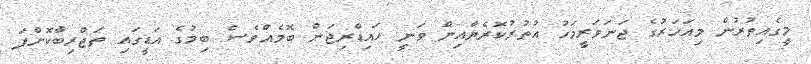
މީގެއިތުރުން މިއަހަރުގެ ޖަނަވަރީމަހު އުތުރުކޮރެޔާއިން ވަނީ ހައިޑްރިޖަން ބޮމެއްވެސް ބިމުގެ އަޑީގައި ތަޖްރިބާކޮށްފަ